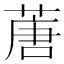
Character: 蓎